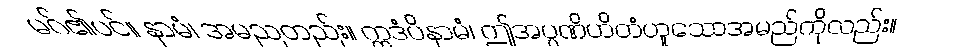
မဂ်၏ပင်။ နာမံ၊ အမညတည်း။ ဣဒံပိနာမံ၊ ဤအပ္ပဏိဟိတံဟူသောအမည်ကိုလည်း။